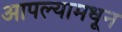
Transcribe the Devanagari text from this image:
आपल्यामधून